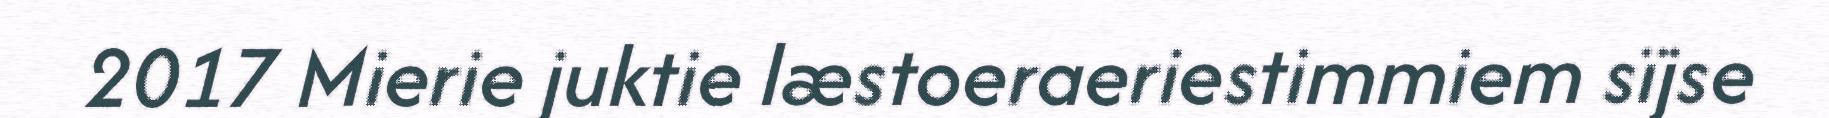
2017 Mierie juktie læstoeraeriestimmiem sïjse